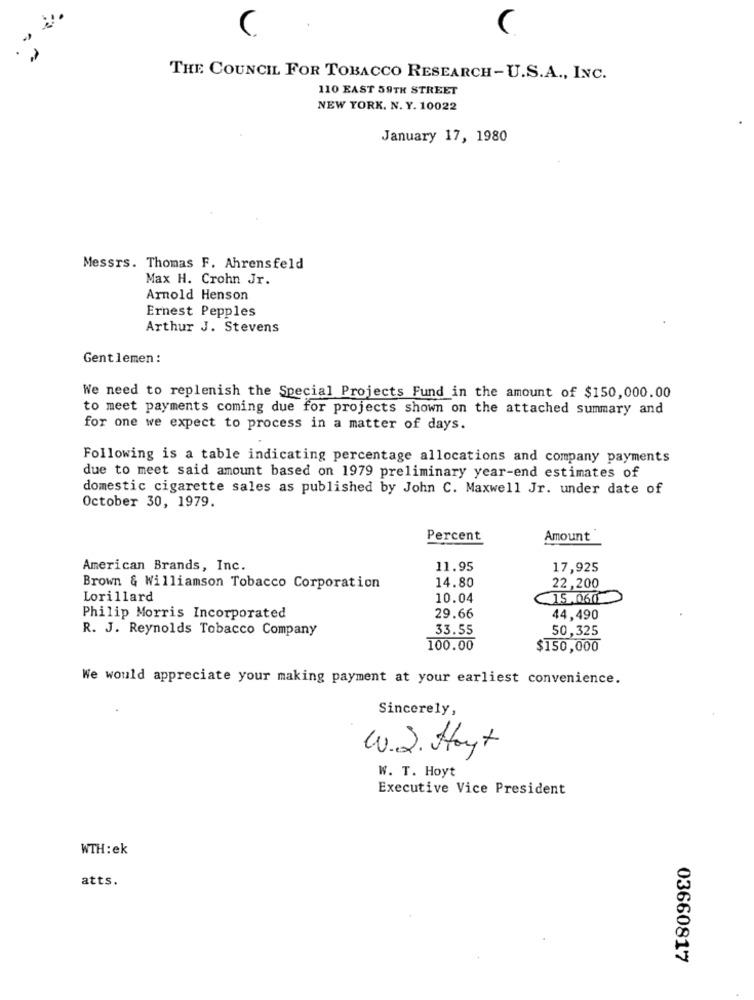
C
THE COUNCIL FOR TOBACCO RESEARCH-U.S.A ., INC.
110 EAST 59TH STREET
NEW YORK. N. Y. 10022
January 17, 1980
Messrs. Thomas F. Ahrensfeld
Max H. Crohn Jr.
Arnold Henson
Ernest Pepples
Arthur J. Stevens
Gentlemen:
We need to replenish the Special Projects Fund in the amount of $150,000.00
to meet payments coming due for projects shown on the attached summary and
for one we expect to process in a matter of days.
Following is a table indicating percentage allocations and company payments
due to meet said amount based on 1979 preliminary year-end estimates of
domestic cigarette sales as published by John C. Maxwell Jr. under date of
October 30, 1979.
Percent
Amount
American Brands, Inc.
11.95
17,925
14.80
Brown & Williamson Tobacco Corporation
22,200
Lorillard
10.04
15.060
Philip Morris Incorporated
29.66
44,490
R. J. Reynolds Tobacco Company
33.55
50,325
100.00
$150,000
We would appreciate your making payment at your earliest convenience.
Sincerely,
W.J. Hoyt
W. T. Hoyt
Executive Vice President
WTH:ek
atts.
03660817